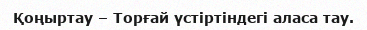
Қоңыртау – Торғай үстіртіндегі аласа тау.